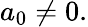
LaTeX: a_{0}\neq 0.